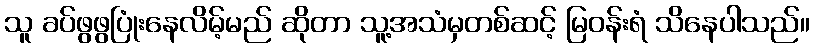
သူ ခပ်ဖွဖွပြုံးနေလိမ့်မည် ဆိုတာ သူ့အသံမှတစ်ဆင့် မြဝန်းရံ သိနေပါသည်။